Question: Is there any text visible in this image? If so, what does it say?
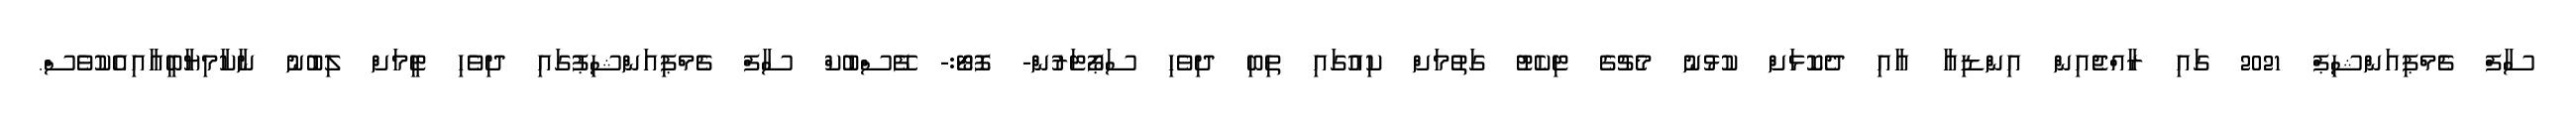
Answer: ސާފް ޗެމްޕިއަންޝިޕް 2021 ގައި ރާއްޖެއިން އިންޑިއާ އާއި ދެކޮޅަށް ކުޅުނު މެޗުގެ ޓިކެޓު ގަތުމަށް ކިއުގައި ތިބި ދިވެހި ސަޕޯޓަރުން- ފޮޓޯ:- ފޭސްބުކް ސާފް ޗެމްޕިއަންޝިޕުގައި ދިވެހި ޓީމަށް ލިބުނު ނާކާމިޔާބީއާއިއެކުވެސް.